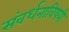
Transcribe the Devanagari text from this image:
संवर्धनाविषयी